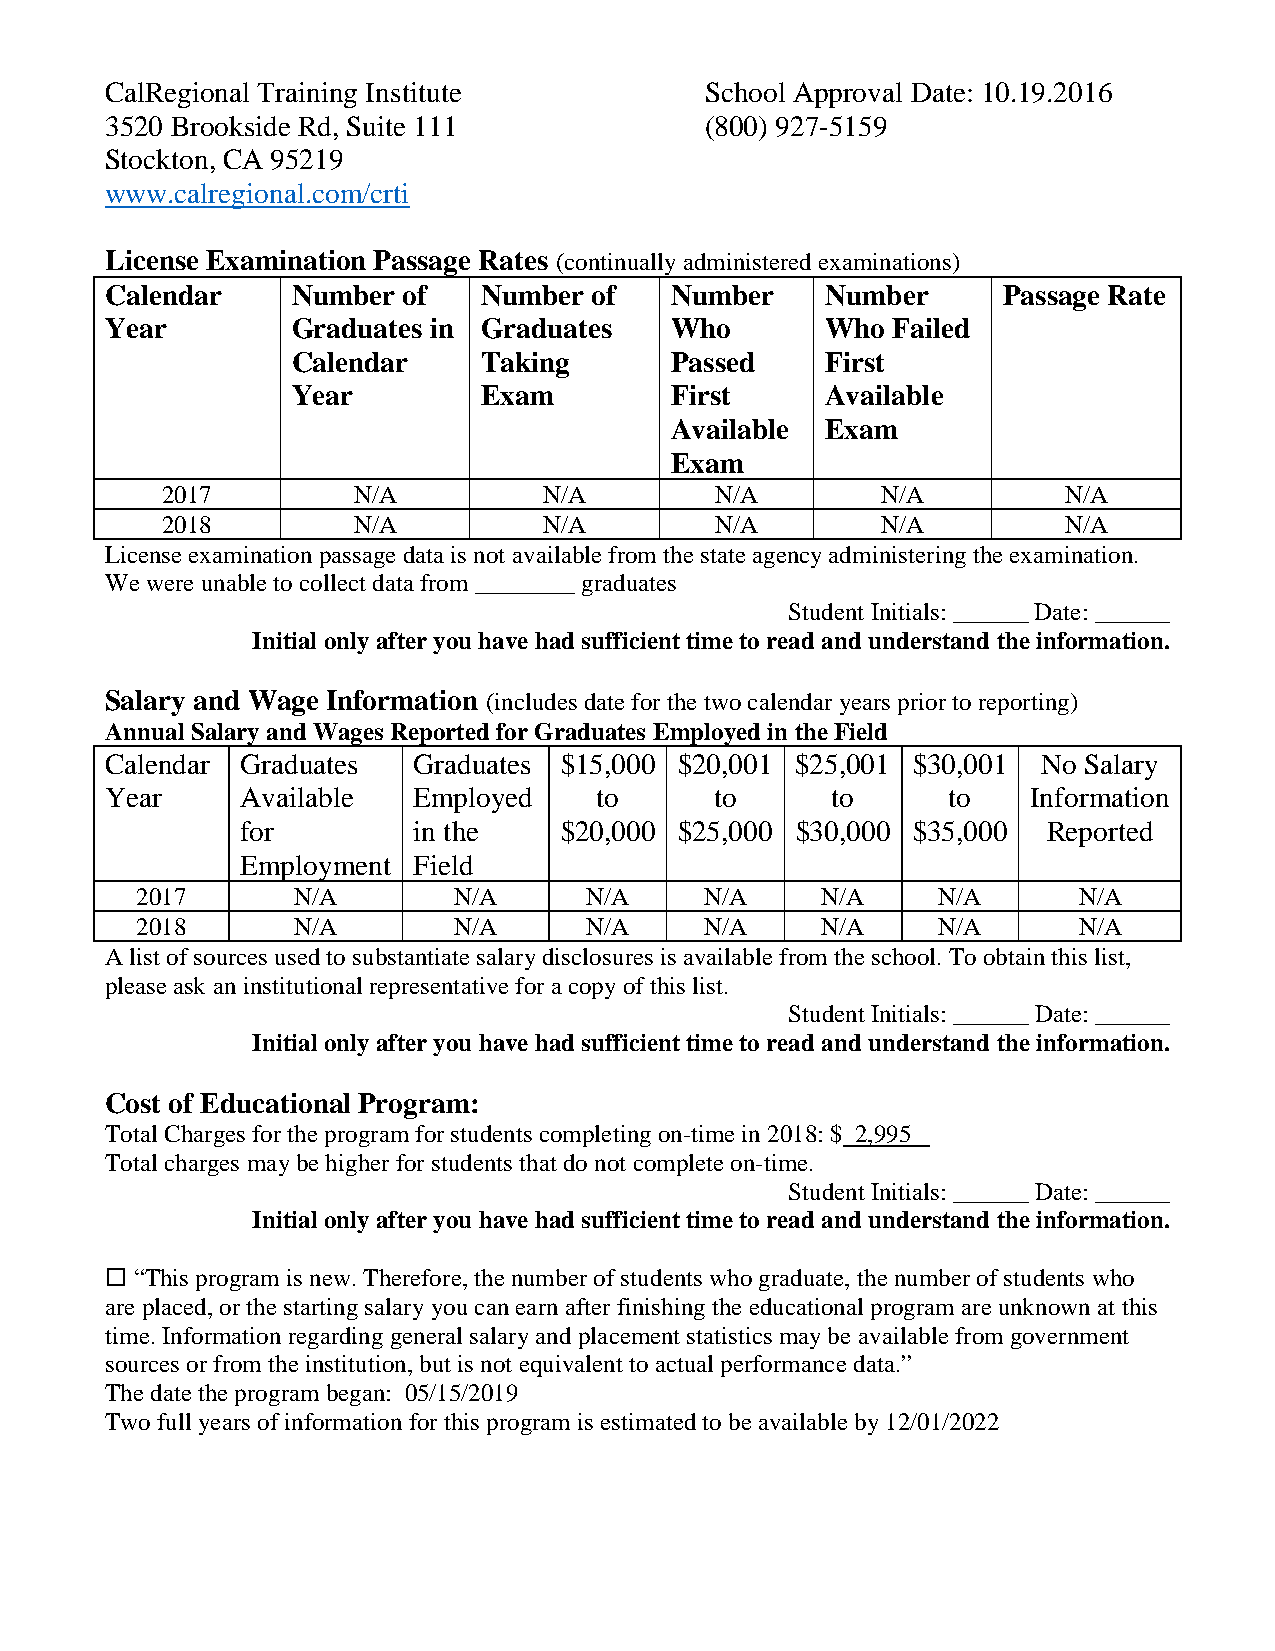
CalRegional Training Institute          School Approval Date: 10.19.2016
 3520 Brookside Rd, Suite 111            (800) 927-5159
 Stockton, CA 95219
 www.calregional.com/crti
 License Examination Passage Rates (continually administered examinations)
 Calendar    Number  of   Number of   Number     Number     Passage Rate
 Year        Graduates in Graduates   Who        Who Failed
 Calendar     Taking      Passed     First
 Year         Exam        First      Available
 Available  Exam
 Exam
 2017        N/A          N/A        N/A        N/A          N/A
 2018        N/A          N/A        N/A        N/A          N/A
 License examination passage data is not available from the state agency administering the examination.
 We were unable to collect data from ________ graduates
 Student Initials: ______ Date: ______
 Initial only after you have had sufficient time to read and understand the information.
 Salary and Wage Information (includes date for the two calendar years prior to reporting)
 Annual Salary and Wages Reported for Graduates Employed in the Field
 Calendar Graduates  Graduates $15,000 $20,001 $25,001 $30,001 No Salary
 Year     Available  Employed    to      to      to      to   Information
 for        in the    $20,000 $25,000 $30,000 $35,000 Reported
 Employment Field
 2017      N/A        N/A      N/A     N/A    N/A     N/A      N/A
 2018      N/A        N/A      N/A     N/A    N/A     N/A      N/A
 A list of sources used to substantiate salary disclosures is available from the school. To obtain this list,
 please ask an institutional representative for a copy of this list.
 Student Initials: ______ Date: ______
 Initial only after you have had sufficient time to read and understand the information.
 Cost of Educational Program:
 Total Charges for the program for students completing on-time in 2018: $ 2,995
 Total charges may be higher for students that do not complete on-time.
 Student Initials: ______ Date: ______
 Initial only after you have had sufficient time to read and understand the information.
  “This program is new. Therefore, the number of students who graduate, the number of students who
 are placed, or the starting salary you can earn after finishing the educational program are unknown at this
 time. Information regarding general salary and placement statistics may be available from government
 sources or from the institution, but is not equivalent to actual performance data.”
 The date the program began: 05/15/2019
 Two full years of information for this program is estimated to be available by 12/01/2022